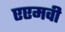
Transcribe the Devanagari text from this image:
एएमवी